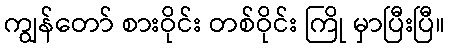
ကျွန်တော် စားဝိုင်း တစ်ဝိုင်း ကြို မှာပြီးပြီ။